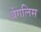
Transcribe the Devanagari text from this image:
बेंगलिस